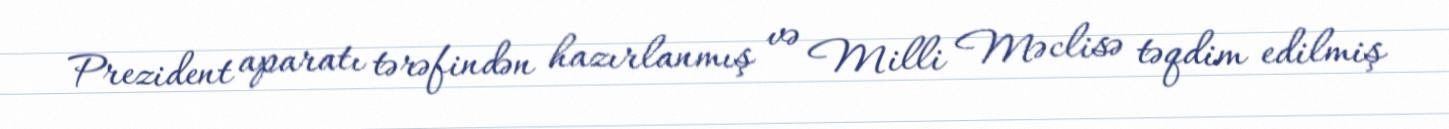
Prezident aparatı tərəfindən hazırlanmış və Milli Məclisə təqdim edilmiş